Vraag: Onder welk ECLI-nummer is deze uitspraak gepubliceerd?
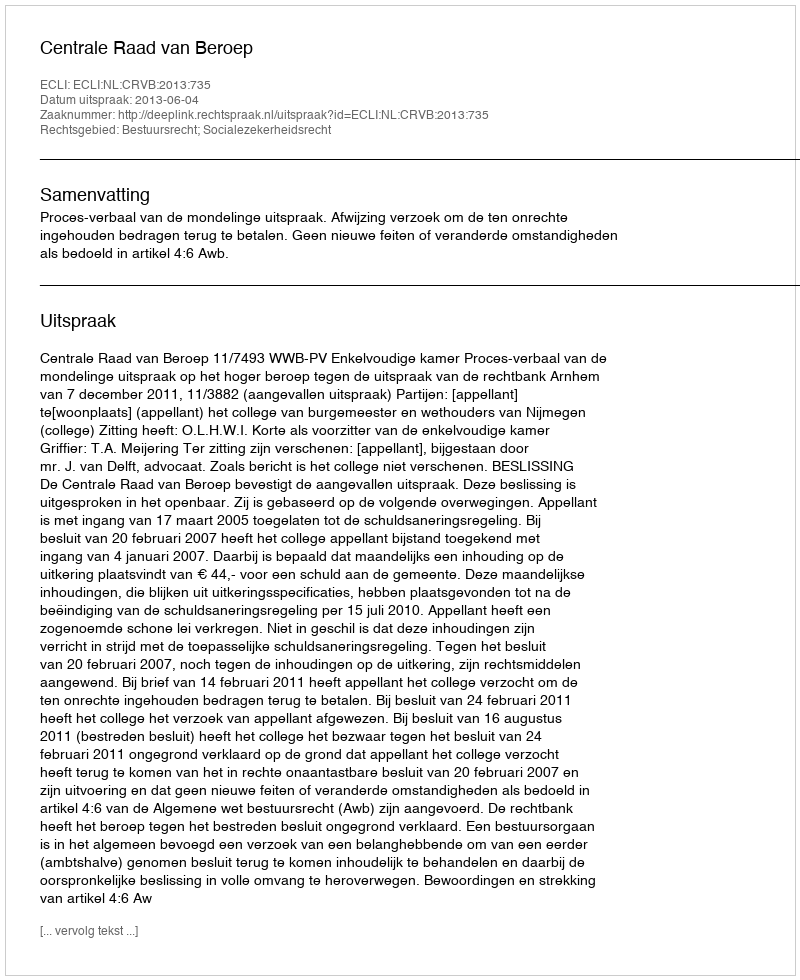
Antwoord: ECLI:NL:CRVB:2013:735